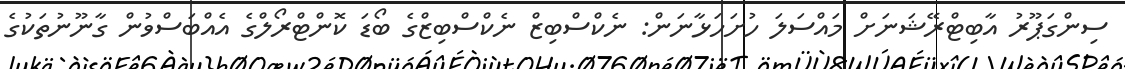
ސިންގަޕޫރު އާބިޓްރޭޝަނަށް މައްސަލަ ހުށަހަޅާނަން: ނެކްސްބިޒް ނެކްސްބިޒްގެ ބޯޑަ ކޮންޓްރޯލްގެ އެއްބަސްވުން ގާނޫނުތަކުގެ